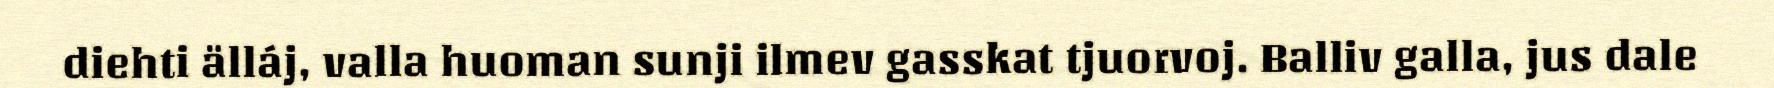
diehti älláj, valla huoman sunji ilmev gasskat tjuorvoj. Balliv galla, jus dale